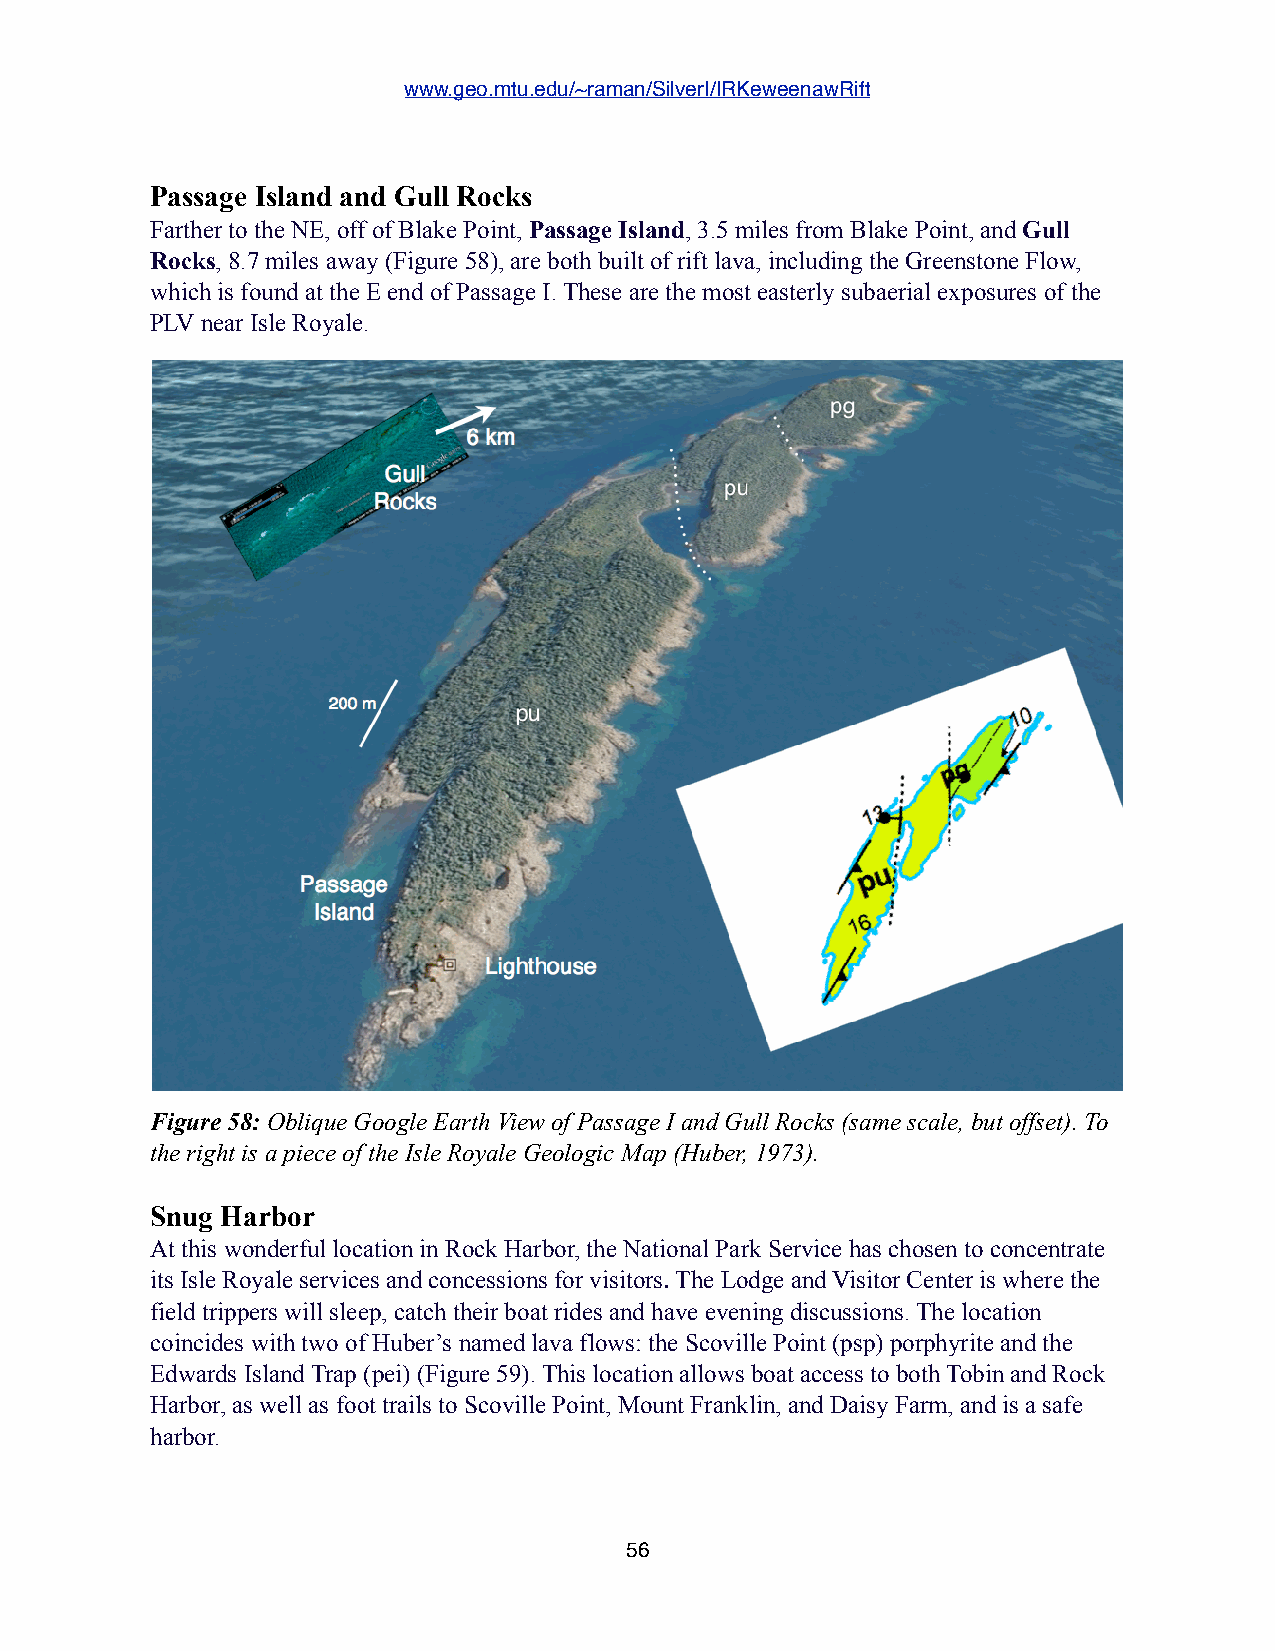
www.geo.mtu.edu/~raman/SilverI/IRKeweenawRift
 Passage Island and Gull Rocks
 Farther to the NE, off of Blake Point, Passage Island, 3.5 miles from Blake Point, and Gull
 Rocks, 8.7 miles away (Figure 58), are both built of rift lava, including the Greenstone Flow,
 which is found at the E end of Passage I. These are the most easterly subaerial exposures of the
 PLV near Isle Royale.
 Figure 58: Oblique Google Earth View of Passage I and Gull Rocks (same scale, but offset). To
 the right is a piece of the Isle Royale Geologic Map (Huber, 1973).
 Snug Harbor
 At this wonderful location in Rock Harbor, the National Park Service has chosen to concentrate
 its Isle Royale services and concessions for visitors. The Lodge and Visitor Center is where the
 field trippers will sleep, catch their boat rides and have evening discussions. The location
 coincides with two of Huber’s named lava flows: the Scoville Point (psp) porphyrite and the
 Edwards Island Trap (pei) (Figure 59). This location allows boat access to both Tobin and Rock
 Harbor, as well as foot trails to Scoville Point, Mount Franklin, and Daisy Farm, and is a safe
 harbor.
 56